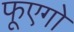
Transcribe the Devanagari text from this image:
फूएगो